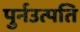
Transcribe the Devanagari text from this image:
पुर्नउत्पति